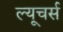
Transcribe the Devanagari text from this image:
ल्यूचर्स